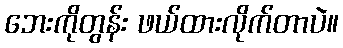
ဘေးကိုတွန်း ဖယ်ထားလိုက်တာပဲ။